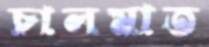
চালমাত